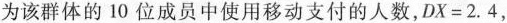
为该群体的10位成员中使用移动支付的人数，$$D X = 2 . 4$$，